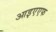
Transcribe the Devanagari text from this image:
आइएएफ